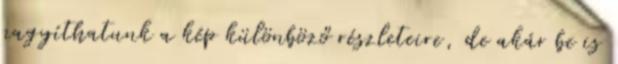
nagyíthatunk a kép különböző részleteire, de akár be is